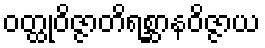
ဝတ္ထုဝိဇ္ဇာတိရစ္ဆာနဝိဇ္ဇာယ